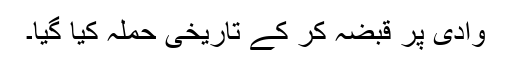
وادی پر قبضہ کر کے تاریخی حملہ کیا گیا۔